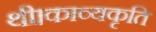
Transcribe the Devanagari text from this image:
थी।काव्यकृति